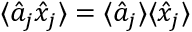
\langle { \hat { a } _ { j } \hat { x } _ { j } } \rangle = \langle { \hat { a } _ { j } } \rangle \langle { \hat { x } _ { j } } \rangle